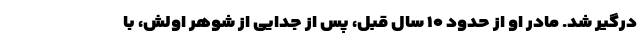
درگیر شد. مادر او از حدود ۱۰ سال قبل، پس از جدایی از شوهر اولش، با